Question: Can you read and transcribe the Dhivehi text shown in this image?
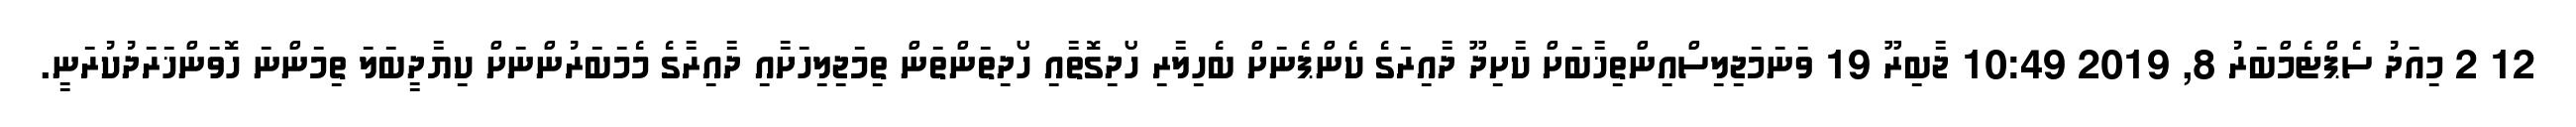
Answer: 12 2 މިއަދު ސެޕްޓެމްބަރު 8, 2019 10:49 ޖާބިރޫ 19 ވަނަމަޖިލިސްއިންތިޚާބަށް ކާށިދޫ ދާއިރަގެ ކެންޕެނަށް ބެހިލާރި ހޯދިގޮތާއި ހޯދިތަންތަން ތިމަޖިލިހަށާއި ދާއިރާގެ މެމަބަރުންނަށް ކިޔާދީބަލަ ތިމަންނަ ހޮވަންޚަރަދުކުރަނީ.